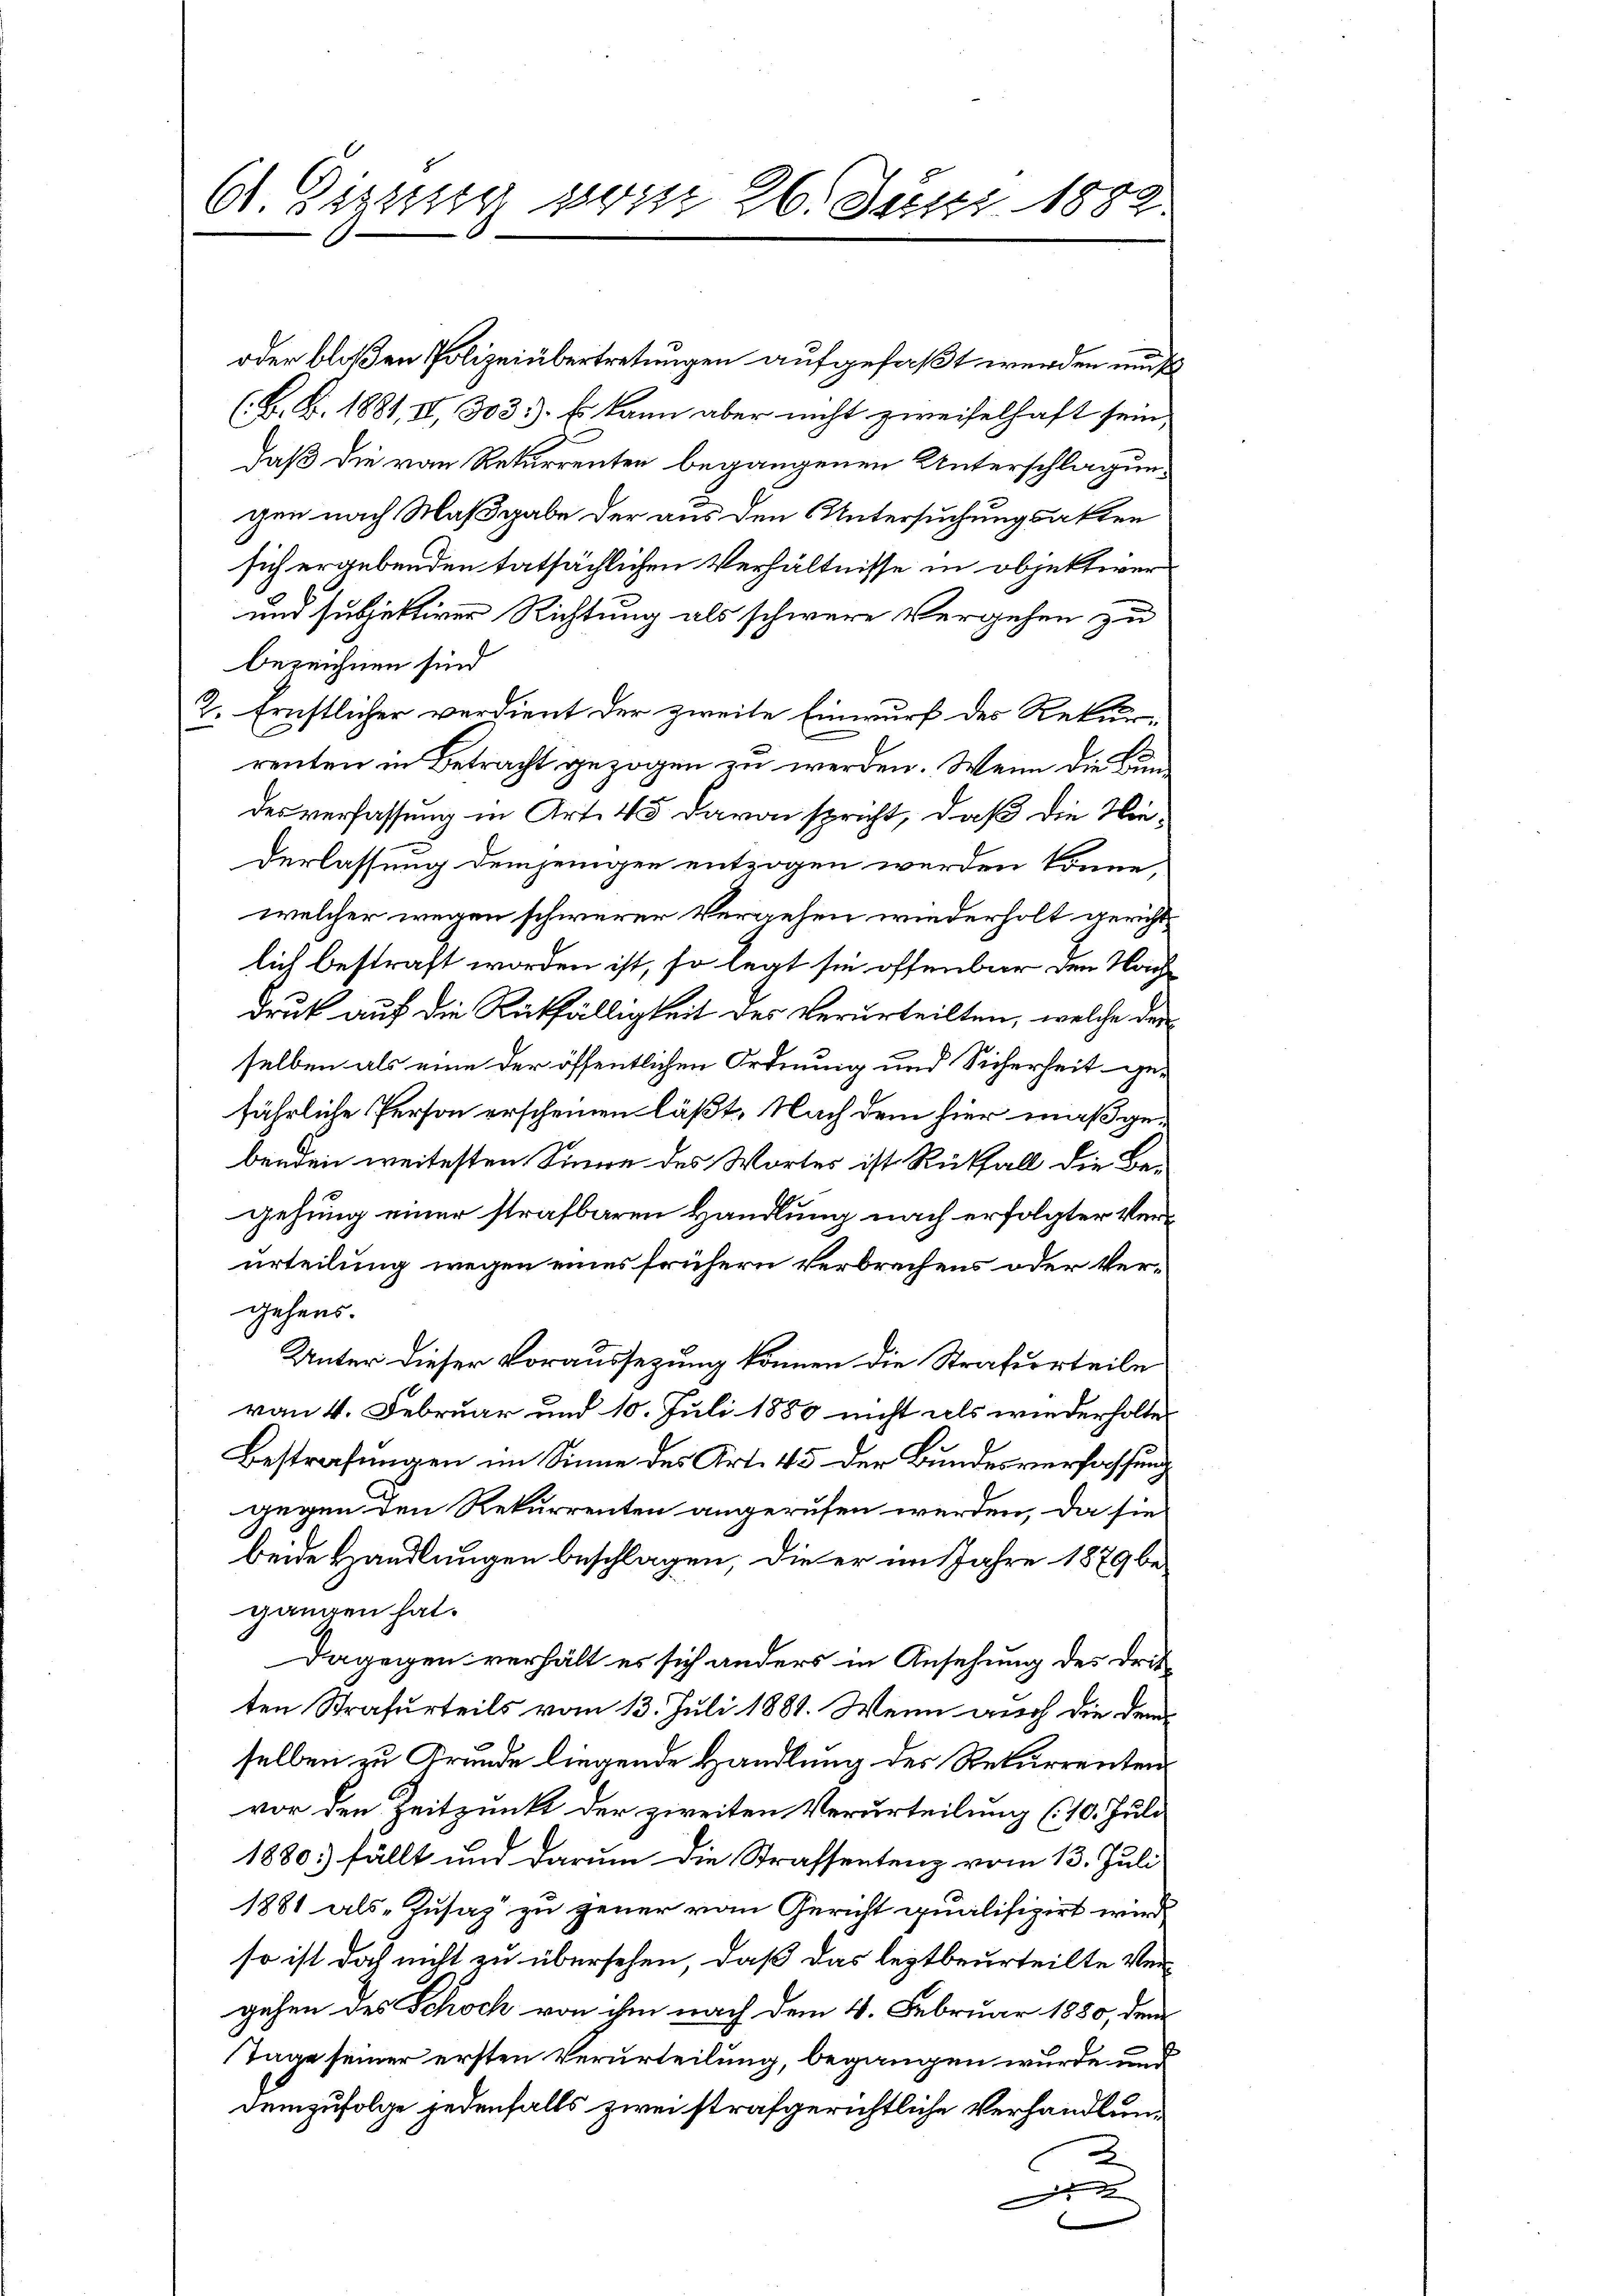
61. Legung vom 26. Juni 1882.

oder bloßen Polizeiübertretungen aufgefaßt werden muß
(B. B. 1881, II, 303). Es kann aber nicht zweifelhaft sein,
daß die von Rekurrenten begangenen Unterschlagungen nach Maßgabe der aus den Untersuchungsakten
sich ergebenden tatsächlichen Verhältnisse in objektiver
und subjektiver Richtung als schwere Vergehen zu
bezeichnen sind.
2. Ernstlicher verdient der zweite Einwurf des Rekurrenten in Betracht gezogen zu werden. Wenn die Eindes verfassung in Art. 45 davon spricht, daß die Niederlassung demjenigen entzogen werden könne,
welcher wegen schwerer Vergehen wiederholt gerichtlich bestraft worden ist, so legt sie offenbar den Nachdruck auf die Rückfälligkeit des Verurteilten, welche der
selben als eine der öffentlichen Ordnung und Sicherheit gefährliche Person erscheinen läßt. Nach dem hier maßgebenden weitesten Sinne des Wortes ist Rückfall die Begehung einer strafbaren Handlung nach erfolgter Verurteilung wegen eines frühern Verbrechens oder Vergehens.
Unter dieser Voraussezung können die Strafurteile
von 4. Februar und 10. Juli 1880 nicht als wiederholte
Bestrafungen im Sinne des Art. 45 der Bundesverfassung
gegen den Rekurrenten angerufen werden, da sie
beide Handlungen beschlagen, die er im Jahre 1879 be
gangen hat.
Dagegen verhält es sich anders in Ansehung des Dritten Strafurteils vom 13. Juli 1881. Wenn auch die demselben zu Grunde liegende Handlung des Rekurrenten
vor den Zeitpunkt der zweiten Verurteilung (10. Juli
1880 fällt und darum die Strassentenz vom 13. Juli
1881 als Zusaz zu gener vom Gericht qualifizirt wird
so ist doch nicht zu übersehen, daß das leztbeurteilte Vergehen des Schoch von ihm nach dem 4. Februar 1880, dem
Tage seiner ersten Verurteilung, begangen wurde und
demzufolge jedenfalls zwei strafgerichtliche Verhandlun¬
2
 de